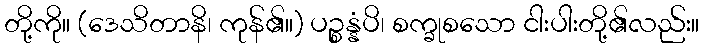
တို့ကို။ (ဒေသိတာနိ၊ ကုန်၏။) ပဉ္စန္နံပိ၊ စက္ခုစသော ငါးပါးတို့၏လည်း။